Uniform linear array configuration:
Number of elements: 16
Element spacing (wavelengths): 0.25
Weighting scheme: kaiser
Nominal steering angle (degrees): -45
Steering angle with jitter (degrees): -46.106
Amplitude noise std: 0.05
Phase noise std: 0.05

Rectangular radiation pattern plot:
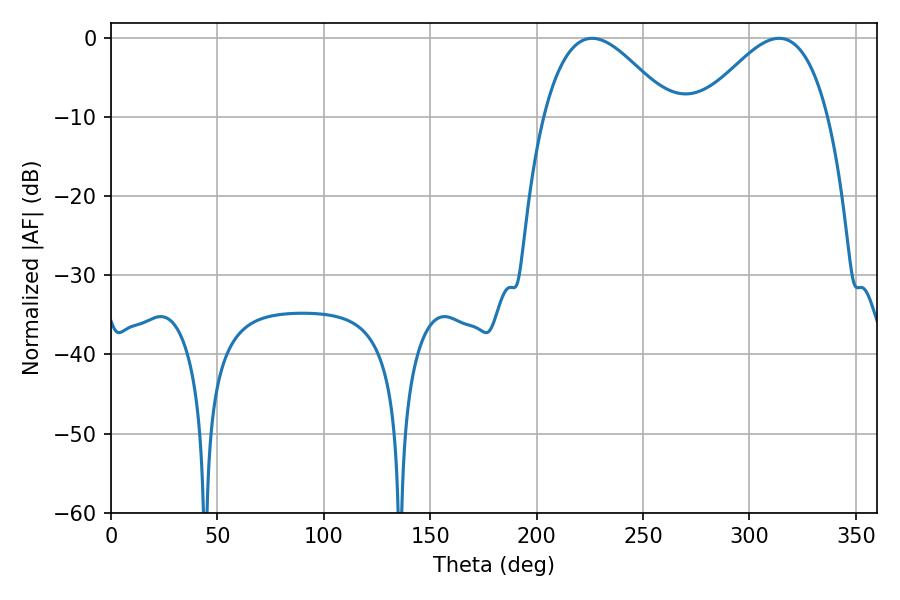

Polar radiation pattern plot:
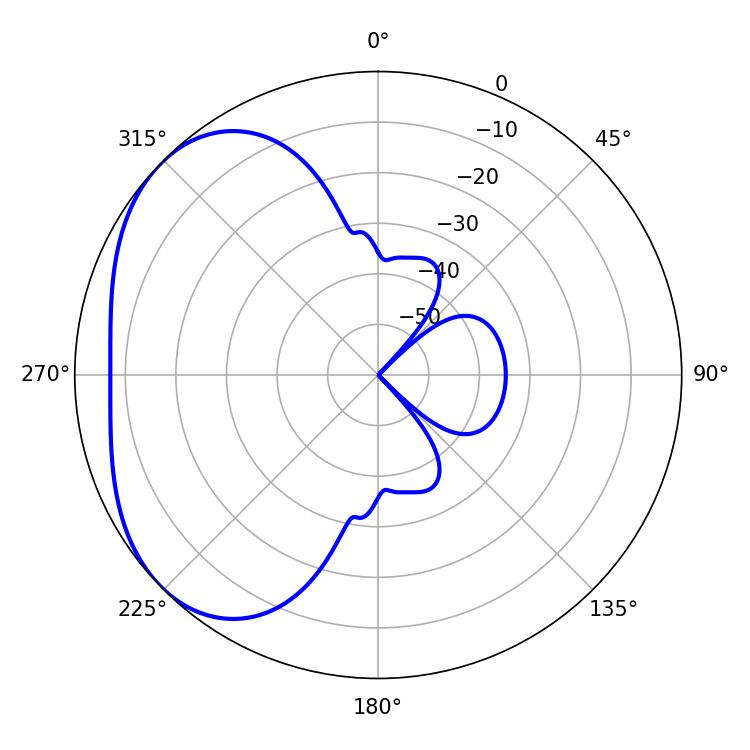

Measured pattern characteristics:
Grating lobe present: FALSE
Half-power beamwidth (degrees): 32.58
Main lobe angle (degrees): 226.08